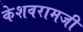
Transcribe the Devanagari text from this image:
केशवरामजी